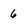
Character: 6